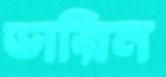
ডারিন